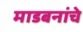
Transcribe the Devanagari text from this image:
माडबनांचे